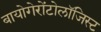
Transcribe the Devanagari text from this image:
बायोगेरोंटोलॉजिस्ट